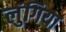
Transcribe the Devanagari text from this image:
लुंगिया